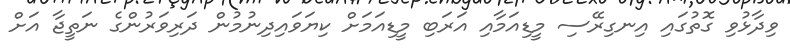
ވިދާޅުވި ގޮތުގައި އިނގިރޭސި މީޑިއަމާއި އަރަބި މީޑިއަމަށް ކިޔަވައިދިނުމުން ދަރިވަރުންގެ ނަތީޖާ އަށް